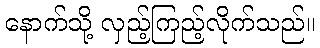
နောက်သို့ လှည့်ကြည့်လိုက်သည်။